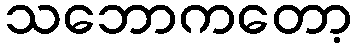
သဘောကတော့